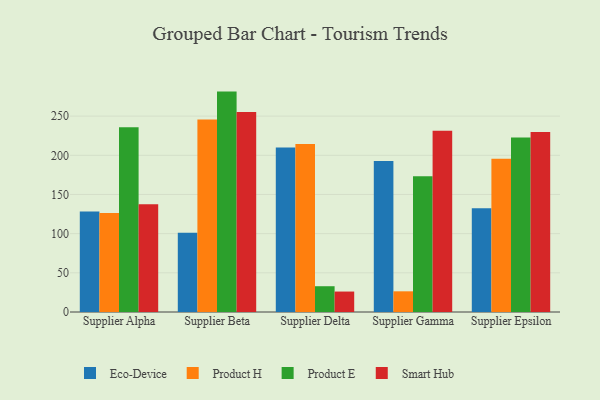
{"axis": {"x": "Supplier", "y": "Backlog"}, "legend": ["Eco-Device", "Product E", "Product H", "Smart Hub"], "data": [{"x": "Supplier Alpha", "y": 128.2, "type": "Eco-Device"}, {"x": "Supplier Alpha", "y": 126.4, "type": "Product H"}, {"x": "Supplier Alpha", "y": 235.8, "type": "Product E"}, {"x": "Supplier Alpha", "y": 137.6, "type": "Smart Hub"}, {"x": "Supplier Beta", "y": 101.2, "type": "Eco-Device"}, {"x": "Supplier Beta", "y": 245.8, "type": "Product H"}, {"x": "Supplier Beta", "y": 281.3, "type": "Product E"}, {"x": "Supplier Beta", "y": 255.2, "type": "Smart Hub"}, {"x": "Supplier Delta", "y": 209.8, "type": "Eco-Device"}, {"x": "Supplier Delta", "y": 214.4, "type": "Product H"}, {"x": "Supplier Delta", "y": 32.9, "type": "Product E"}, {"x": "Supplier Delta", "y": 26.1, "type": "Smart Hub"}, {"x": "Supplier Gamma", "y": 192.6, "type": "Eco-Device"}, {"x": "Supplier Gamma", "y": 26.4, "type": "Product H"}, {"x": "Supplier Gamma", "y": 173.4, "type": "Product E"}, {"x": "Supplier Gamma", "y": 231.4, "type": "Smart Hub"}, {"x": "Supplier Epsilon", "y": 132.4, "type": "Eco-Device"}, {"x": "Supplier Epsilon", "y": 195.7, "type": "Product H"}, {"x": "Supplier Epsilon", "y": 222.6, "type": "Product E"}, {"x": "Supplier Epsilon", "y": 229.8, "type": "Smart Hub"}]}